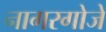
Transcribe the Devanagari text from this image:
नागरगोजे